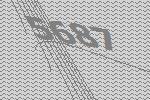
5687